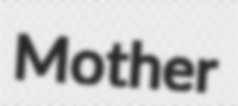
Mother